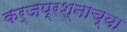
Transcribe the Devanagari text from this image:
कर्जप्रश्नाच्या